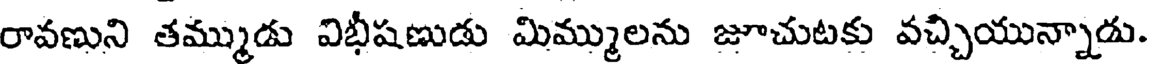
రావణుని తమ్ముడు విభీషణుడు మిమ్ములను జూచుటకు వచ్చియున్నాడు.